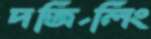
দর্জিলিং